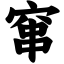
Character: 窜